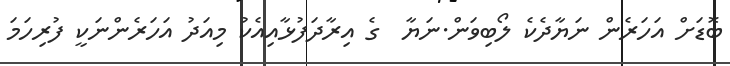
ބޮޑަށް އަހަރެން ނަޔާދެކެ ލޯބިވަން.ނަޔާ  ގެ އިރާދަފުޅާއިއެކު މިއަދު އަހަރެންނަކީ ފުރިހަމަ